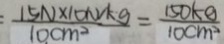
= \frac { 1 5 N \times 1 0 N / k g } { 1 0 c m ^ { 2 } } = \frac { 1 5 0 k g } { 1 0 c m ^ { 2 } }